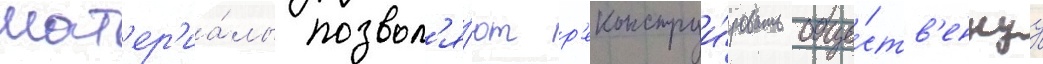
мат'ер'иа́лы позвол'я́ют р'еконструи́ровать обще́ств'еннуу